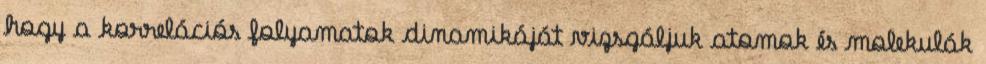
hogy a korrelációs folyamatok dinamikáját vizsgáljuk atomok és molekulák